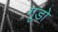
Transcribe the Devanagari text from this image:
गूडो